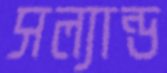
সল্যান্ড